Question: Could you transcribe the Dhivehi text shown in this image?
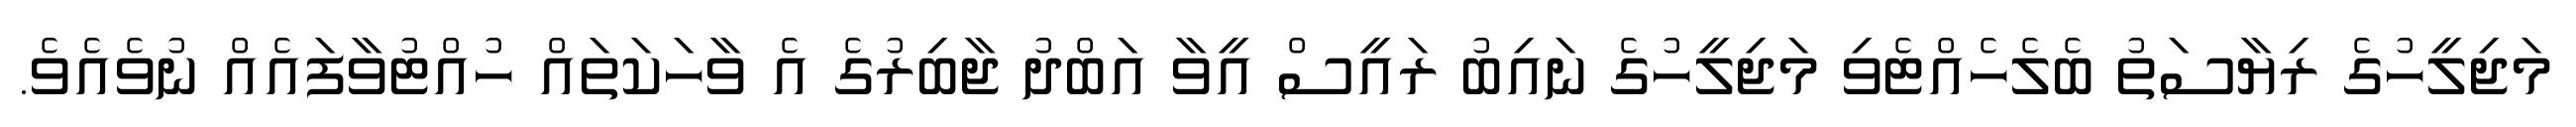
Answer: މަޖިލީހުގެ ރިޔާސަތު ބެލެހެއްޓެވި މަޖިލީހުގެ ނައިބު ރައީސް އީވާ އަބްދު ޖާބިރުގެ އެ ވާހަކަތައް ހުއްޓުވާފައެއް ނުވެއެވެ.